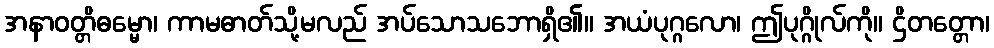
အနာဝတ္တိဓမ္မော၊ ကာမဓာတ်သို့မလည် အပ်သောသဘောရှိ၏။ အယံပုဂ္ဂလော၊ ဤပုဂ္ဂိုလ်ကို။ ဌိတတ္တော၊